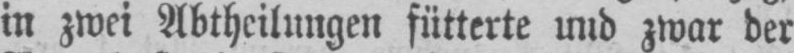
in zwei Abtheilungen fütterte und zwar der